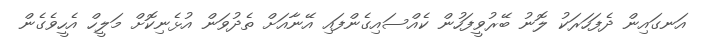
އަނގައިން ދެފަހަރަކު ލޮނު ބޭރުވީފަހުން ކެއްސައިގެންފައި އޭނާއަށް ތެދުވަން އުޅެނިކޮށް މަލީހް އެހީވެގެން